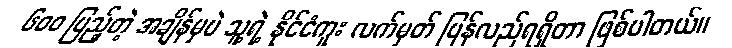
၆၀၀ ပြည့်တဲ့ အချိန်မှပဲ သူ့ရဲ့ နိုင်ငံကူး လက်မှတ် ပြန်လည်ရရှိတာ ဖြစ်ပါတယ်။